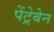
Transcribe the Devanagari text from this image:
पेंट्रेबेन